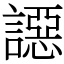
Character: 䜑